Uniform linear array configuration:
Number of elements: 4
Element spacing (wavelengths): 0.75
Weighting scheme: cosine
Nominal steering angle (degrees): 30
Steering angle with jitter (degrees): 30.699
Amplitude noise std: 0.05
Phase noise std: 0.05

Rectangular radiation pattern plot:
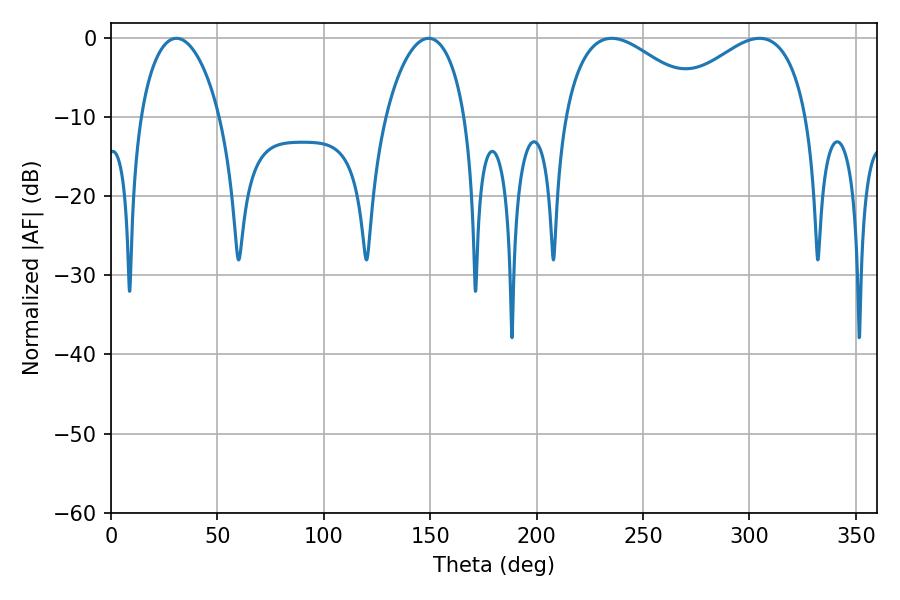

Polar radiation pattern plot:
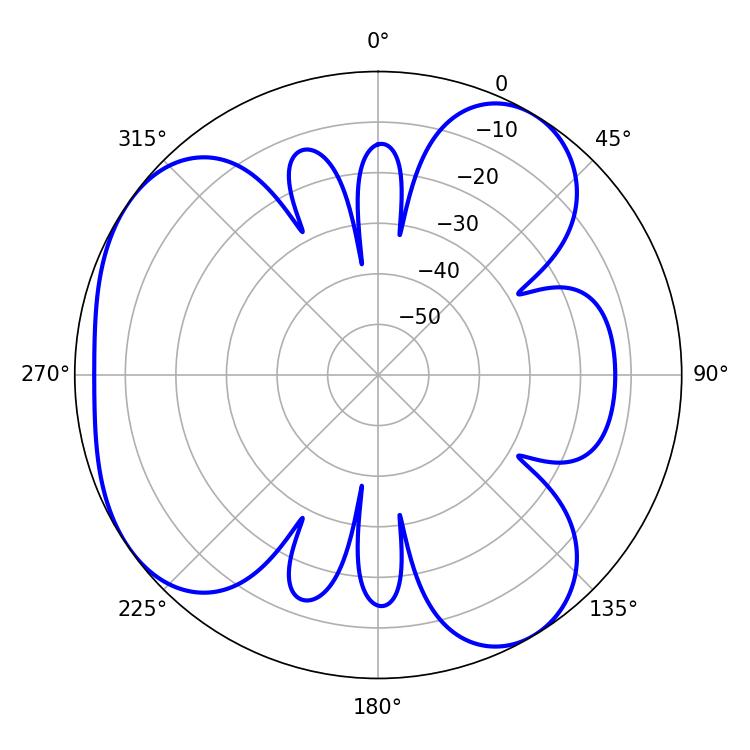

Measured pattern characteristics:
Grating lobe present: TRUE
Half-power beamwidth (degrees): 37.08
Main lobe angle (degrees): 235.26